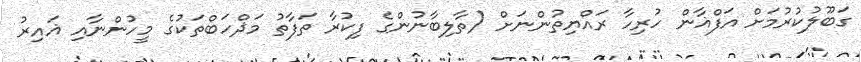
ގަބޫލުކުރުމަށް އަފްޣާން ހުރިހާ ރައްޔިތުންނަށް (ތާލިބާނުންގެ ފިކުރާ ތަފާތު މަޛްހަބްތަކުގެ މީހުންނާއި ޣައިރު